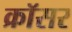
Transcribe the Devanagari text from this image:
क्रॉसर